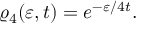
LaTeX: \varrho _ { 4 } ( \varepsilon , t ) = e ^ { - \varepsilon / 4 t } \nonumber .